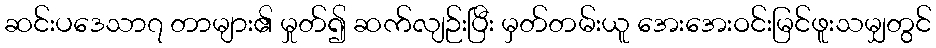
ဆင်းပဒေသာ၇ တာများ၏ မှုတ်၍ ဆက်လျဉ်းပြီး မှတ်တမ်းယူ အေးအေးဝင်းမြင်ဖူးသမျှတွင်